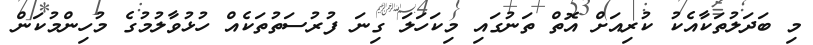
މި ބަދަލުތަކާއެކު ކުރިއަށް އޮތް ތަނުގައި މިކަހަލަ ގިނަ ފުރުސަތުތަކެއް ހުޅުވާލުމުގެ މުހިންމުކަން